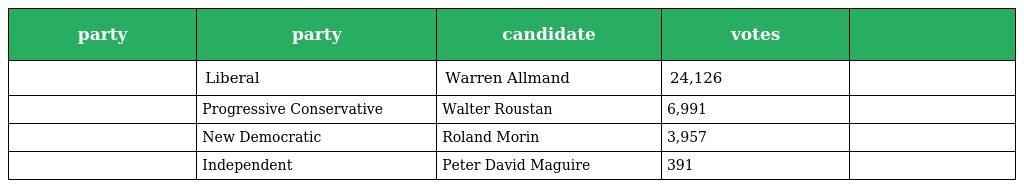
| party | party | candidate | votes |  |
 | --- | --- | --- | --- | --- |
 |  | Liberal | Warren Allmand | 24,126 |  |
 |  | Progressive Conservative | Walter Roustan | 6,991 |  |
 |  | New Democratic | Roland Morin | 3,957 |  |
 |  | Independent | Peter David Maguire | 391 |  |